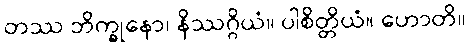
တဿ ဘိက္ခုနော၊ နိဿဂ္ဂိယံ။ ပါစိတ္တိယံ။ ဟောတိ။